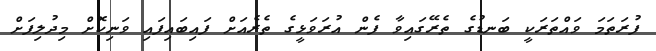
ފުރަތަމަ ވައްތަރަކީ ބަނޑުގެ ތެރޭގައިވާ ފެން އުރަވަޅީގެ ތެރެއަށް ފައިބައިފައި ވަނިކޮށް މިދުލިފަށް